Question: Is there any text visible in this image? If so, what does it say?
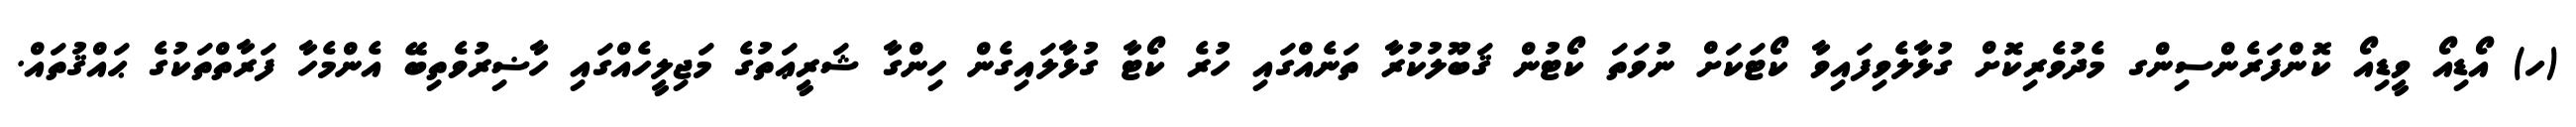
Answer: (ހ) އޯޑިއޯ ވީޑިއޯ ކޮންފަރެންސިންގ މެދުވެރިކޮށް ގުޅާލެވިފައިވާ ކޯޓަކަށް ނުވަތަ ކޯޓުން ޤަބޫލުކުރާ ތަނެއްގައި ހުރެ ކޯޓާ ގުޅާލައިގެން ހިންގާ ޝަރީޢަތުގެ މަޖިލީހެއްގައި ހާޟިރުވެތިބޭ އެންމެހާ ފަރާތްތަކުގެ ޙައްޤުތައް.